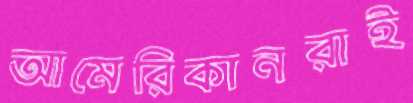
আমেরিকানরাই